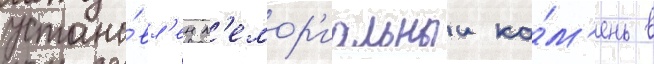
устано́вл'ен м'емор'иальныи ка́м'ень в